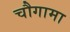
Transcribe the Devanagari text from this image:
चौगामा